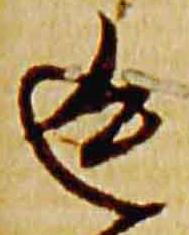
返